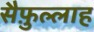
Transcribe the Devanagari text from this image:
सैफ़ुल्लाह